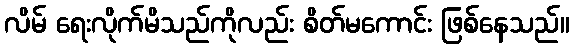
လိမ် ရေးလိုက်မိသည်ကိုလည်း စိတ်မကောင်း ဖြစ်နေသည်။